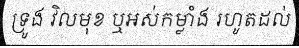
ទ្រូង វិលមុខ ឬអស់កម្លាំង រហូតដល់